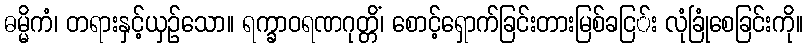
ဓမ္မိကံ၊ တရားနှင့်ယှဉ်သော။ ရက္ခာဝရဏဂုတ္တိံ၊ စောင့်ရှောက်ခြင်းတားမြစ်ခငြ်း လုံခြုံစေခြင်းကို။